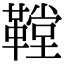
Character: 鞺